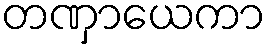
တဏှာယေကာ